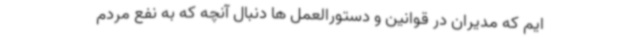
ایم که مدیران در قوانین و دستورالعمل ها دنبال آنچه که به نفع مردم